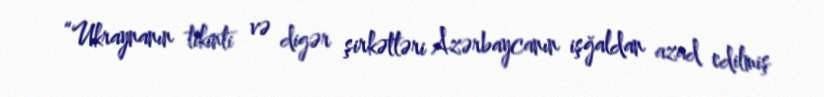
“Ukraynanın tikinti və digər şirkətləri Azərbaycanın işğaldan azad edilmiş